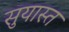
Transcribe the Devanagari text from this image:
सुयास्त